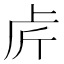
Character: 𠧣